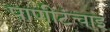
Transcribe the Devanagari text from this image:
पाणीटंचाइ